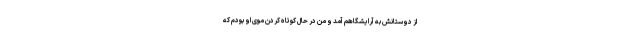
از دوستانش به آرایشگاهم آمد و من در حال کوتاه کردن موی او بودم که